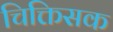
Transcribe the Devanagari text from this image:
चिक्तिसक